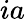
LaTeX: ia